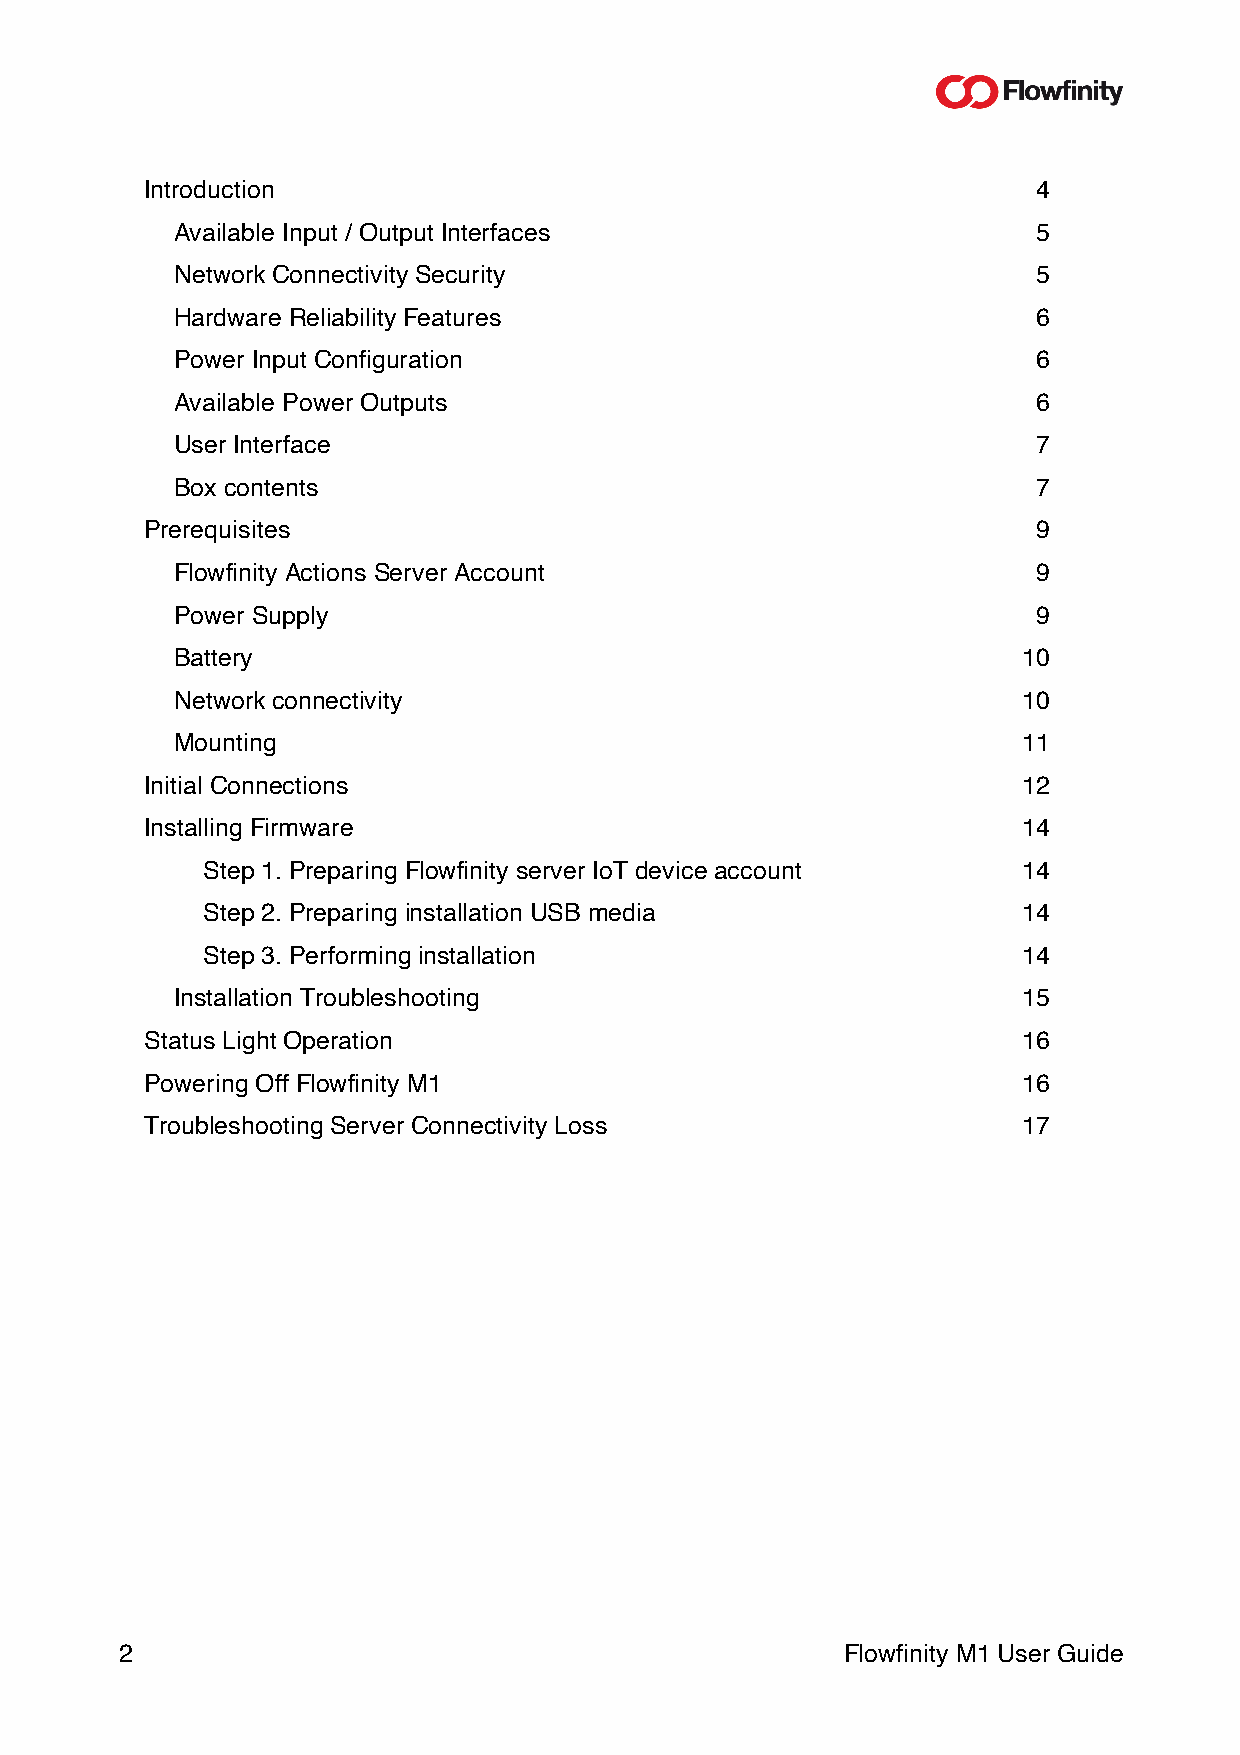
Introduction                                               4
 Available Input / Output Interfaces                      5
 Network Connectivity Security                            5
 Hardware Reliability Features                            6
 Power Input Configuration                                6
 Available Power Outputs                                  6
 User Interface                                           7
 Box contents                                             7
 Prerequisites                                              9
 Flowfinity Actions Server Account                        9
 Power Supply                                             9
 Battery                                                 10
 Network connectivity                                    10
 Mounting                                                11
 Initial Connections                                       12
 Installing Firmware                                       14
 Step 1. Preparing Flowfinity server IoT device account 14
 Step 2. Preparing installation USB media               14
 Step 3. Performing installation                        14
 Installation Troubleshooting                            15
 Status Light Operation                                    16
 Powering Off Flowfinity M1                                16
 Troubleshooting Server Connectivity Loss                  17
 !
 2                                               Flowfinity M1 User Guide